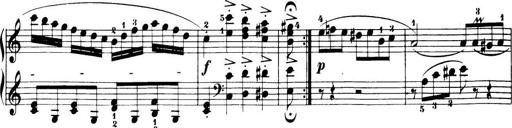
Title: 32 Sonatinas and Rondos for the Piano
Composer: Richard Kleinmichel